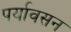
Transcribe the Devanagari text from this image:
पर्यावसन